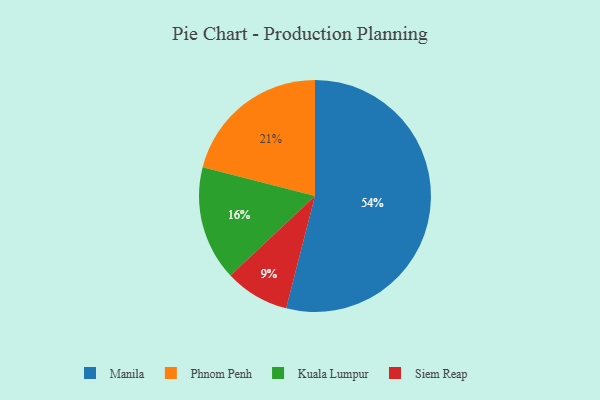
{"axis": {"x": "Category", "y": "Percentage"}, "legend": ["Kuala Lumpur", "Manila", "Phnom Penh", "Siem Reap"], "data": [{"x": "Phnom Penh", "y": 21, "type": "Phnom Penh"}, {"x": "Manila", "y": 54, "type": "Manila"}, {"x": "Kuala Lumpur", "y": 16, "type": "Kuala Lumpur"}, {"x": "Siem Reap", "y": 9, "type": "Siem Reap"}]}